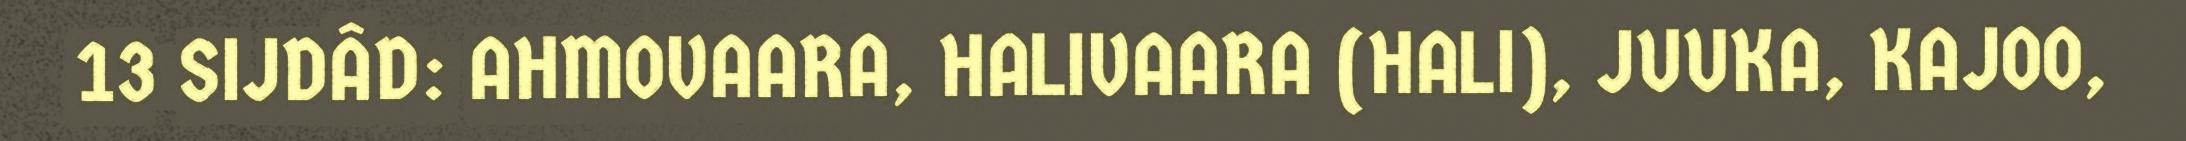
13 SIJDÂD: AHMOVAARA, HALIVAARA (HALI), JUUKA, KAJOO,